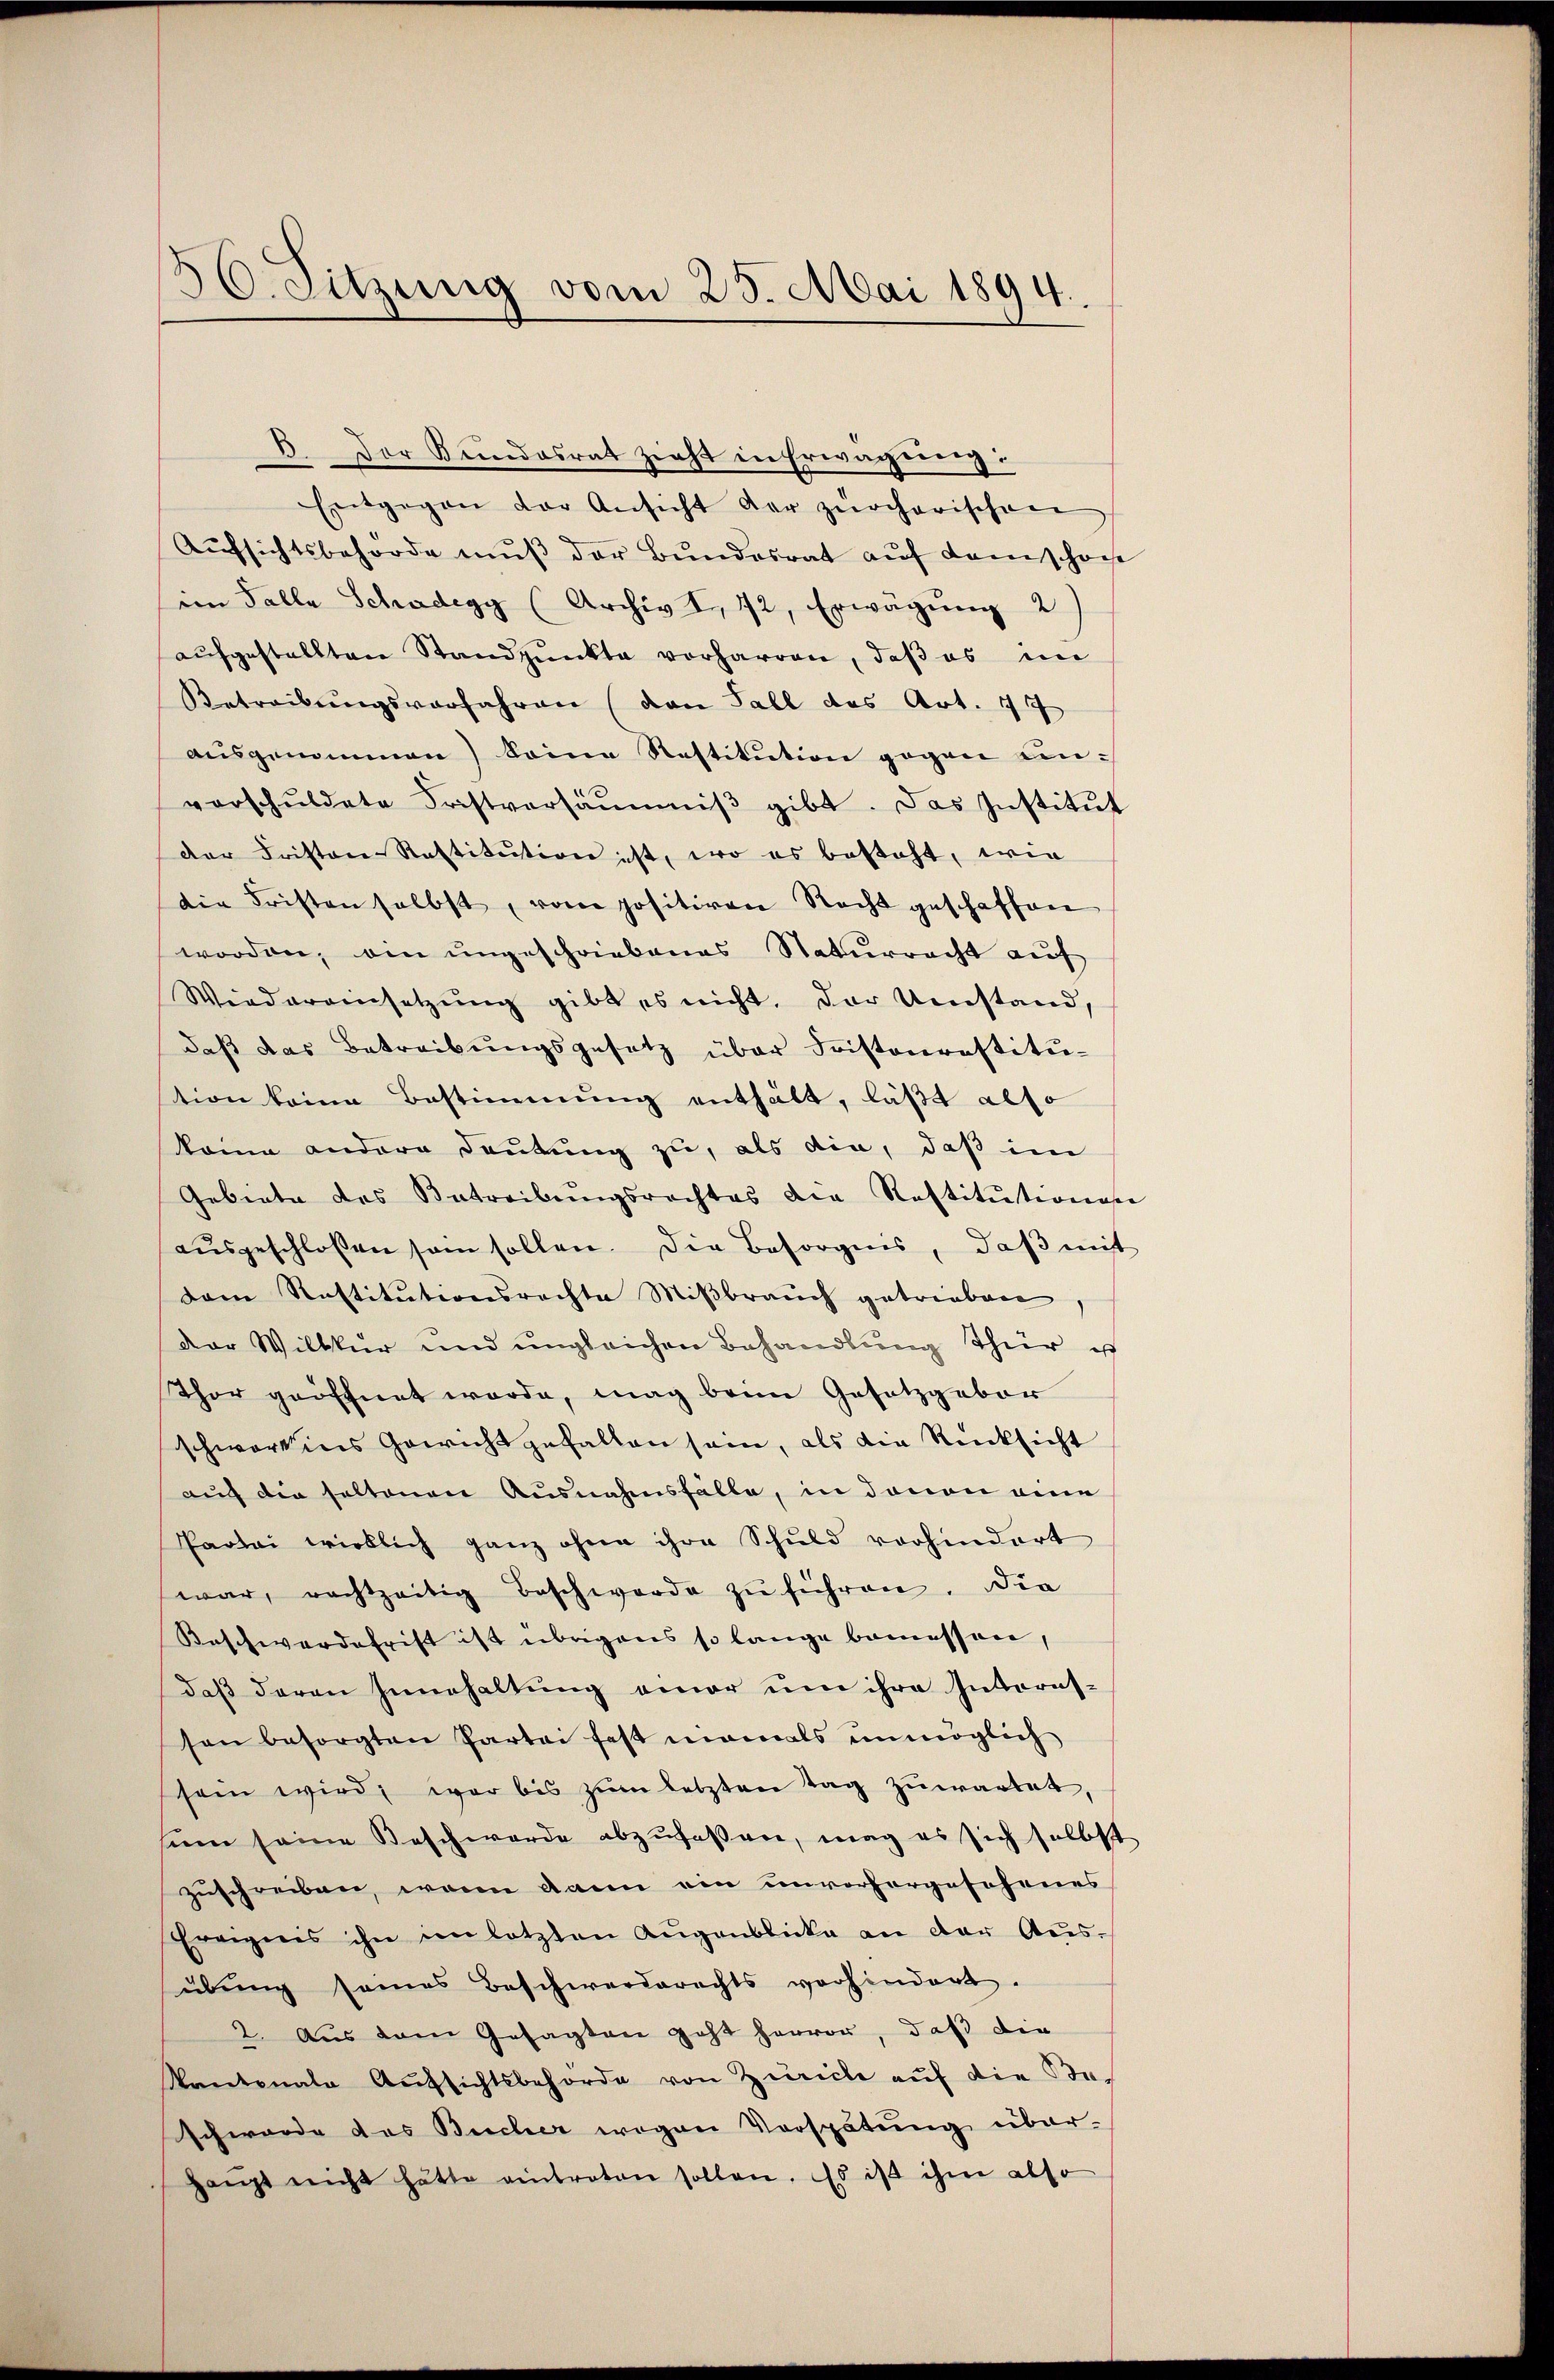
50. Sitzung vom 25. Mai 1894.

B. Der Bundesrat zieht in Erwägung:
Entgegen der Ansicht der zürcherischen
Aufsichtsbehörde muß der Bundesrat auf Domschon
im Falle Schadegy (Archiv I, 72, Erwägung 2)
aŭfgestellten Standpŭnkte vorharren, daβ es im
Betreibŭngsverfahren (von Fall das Art. 17
ausgenommen) Seine Restitution gegen unverschŭldete Fristversäŭmiβ gibt. Das Institut
der Fristen-Restitution ist, wo es besteht, wie
die Fristen selbst, vom positiven Recht geschaffen
worden, ein ungeschriebenes Naturracht auf
Wiedereinsetzung gibt es nicht, der Umstand,
daß das Betreibungsgesetz über Fristenrestitution keine Bestimmung enthält, läßt also
keine andere Deutung zu, als die, daß im
Gebiete des Betreibŭngsrechtes die Restitutions
aŭsgeschlossen sein sollen. Die Besorgnis, daβ mit
dam Restitutionsrechte Mißbrauch getrieben
der Willkür und ungleichen Behandlŭng Thür u
Thor geöffnet werde, mag beim Gesetzgebor
schwart ins Gewicht gefallen sein, als die Rücksicht
auch die seltenen Ausnahmsfälle, in davon eine
Partei wirklich ganz ohne ihre Schuld vorhindert
war, rechtzeitig beschwerde zŭ führen. Die
Beschwerdefrist ist übrigens so lange bemessore,
daß deren Innehaltung einer um ihre Interes-
sen besorgten Partei fest niemals unmöglich
sein wird, war bis zum letzten Tag zuwartet,
sum seine Beschwerde abzufaßen, mag es sich selbst
zuschreiben, wenn dann ein unvorhergeschenes
Ereignis ihn im letzten Augenblicke an der Aŭs-
übung seines Beschwerderechts vorhindert.
2. Aus dem Gesagten geht hervor, daß die
Kantonale Aŭfsichtsbehörde von Zürich auf die Beschwerde das Bucher wegen Verspätung über-
Haŭpt nicht hätte eintreten sollen. Es ist ihm also

e